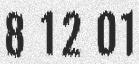
8 12 01